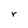
Character: r